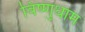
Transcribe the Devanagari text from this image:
विष्णुधाम